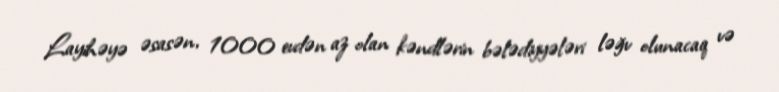
Layihəyə əsasən, 1000 evdən az olan kəndlərin bələdiyyələri ləğv olunacaq və